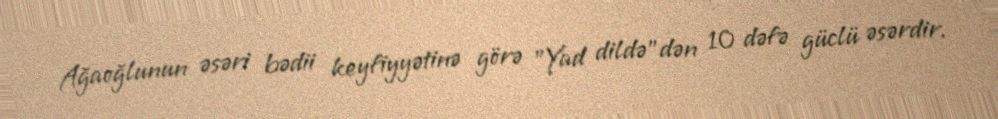
Ağaoğlunun əsəri bədii keyfiyyətinə görə ”Yad dildə"dən 10 dəfə güclü əsərdir.